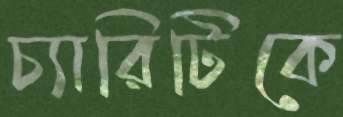
চ্যারিটিকে